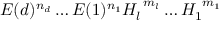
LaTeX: E ( d ) ^ { n _ { d } } \dots E ( 1 ) ^ { n _ { 1 } } H _ { l } ^ { \ m _ { l } } \dots H _ { 1 } ^ { \ m _ { 1 } } \,